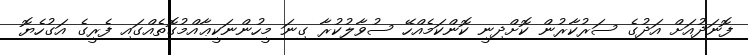
ފޮނަދުއަށް އަދުގެ ސަރުކާރުން ކޮށްދިނީ ކޮންކަމެއްހޭ ސުވާލުކުރާ ގިނަ މީހުންނަކީޢާއްމުގޮތެއްގައި ފެރީގެ އަގުހެޔޮ